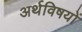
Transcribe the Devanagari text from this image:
अर्थविषयों